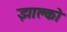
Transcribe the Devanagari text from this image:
झाल्को